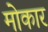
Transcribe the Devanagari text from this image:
मोकार